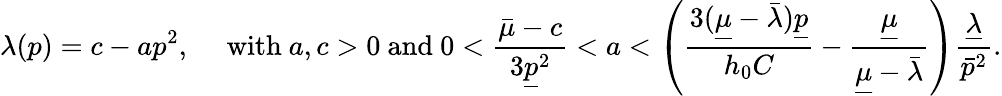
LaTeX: \lambda(p)=c-ap^{2},\quad\mathrm{~with~}a,c>0\mathrm{~and~}0<\frac{\bar{\mu}-c}{3\underline{{p}}^{2}}<a<\left(\frac{3(\underline{{\mu}}-\bar{\lambda})\underline{{p}}}{h_{0}C}-\frac{\underline{{\mu}}}{\underline{{\mu}}-\bar{\lambda}}\right)\frac{\underline{{\lambda}}}{\bar{p}^{2}}.